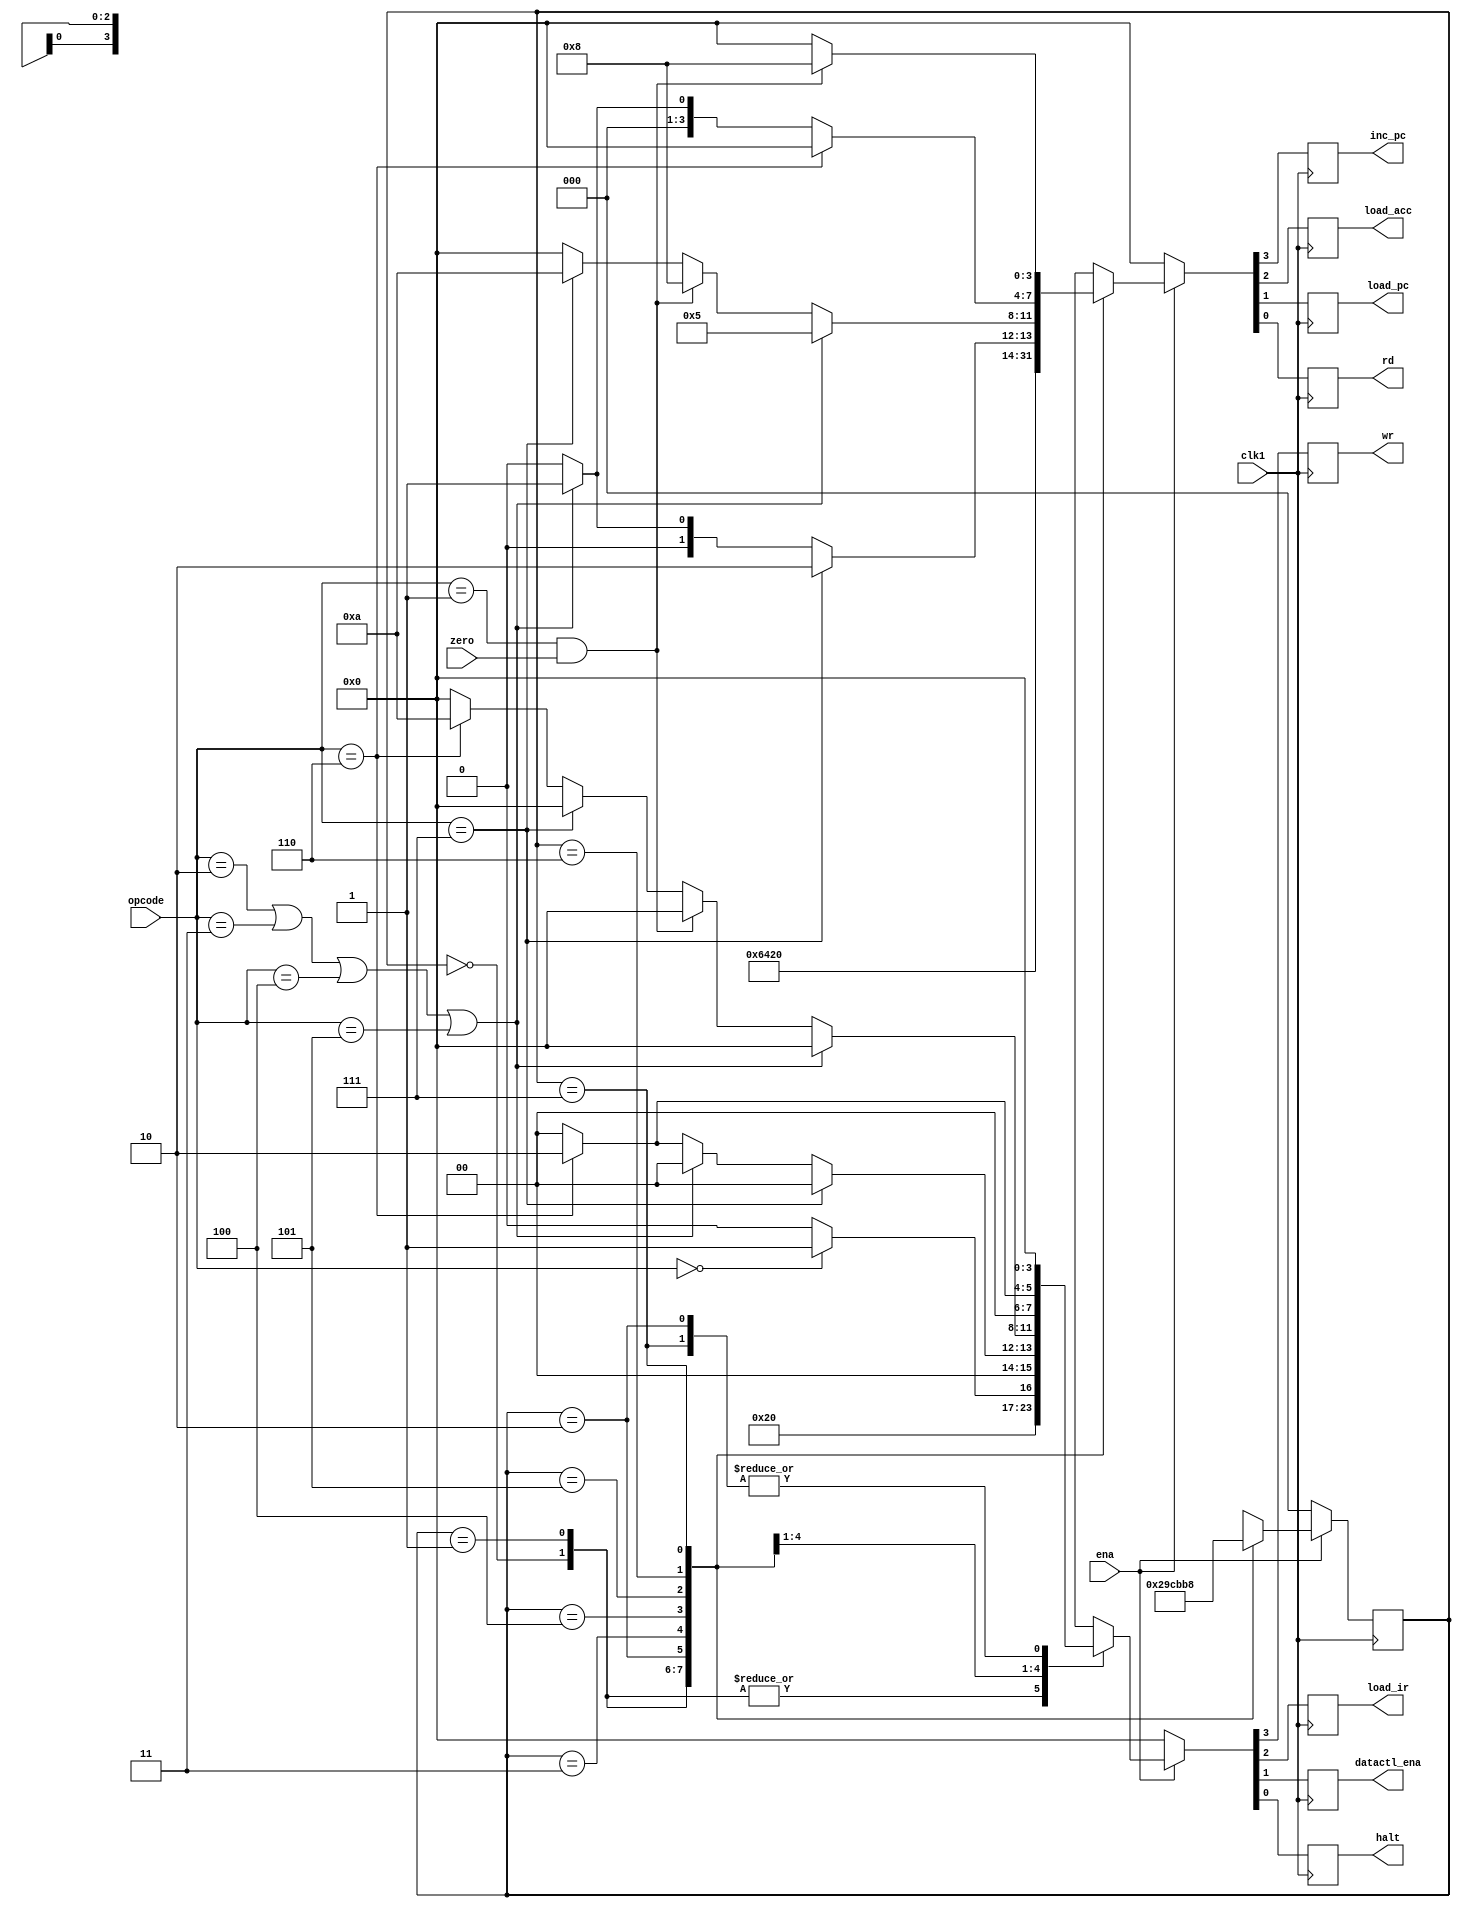
module  machine( inc_pc, load_acc, load_pc, rd,wr, load_ir,
datactl_ena, halt, clk1, zero, ena, opcode );

output inc_pc, load_acc, load_pc, rd, wr, load_ir;
output datactl_ena, halt;
input clk1, zero, ena;
input [2:0] opcode;
reg inc_pc, load_acc, load_pc, rd, wr, load_ir;
reg datactl_ena, halt;
reg [2:0] state;

parameter   HLT  = 3 'b000,
  SKZ  = 3 'b001,
  ADD  = 3 'b010,
  ANDD = 3 'b011,
  XORR = 3 'b100,
  LDA  = 3 'b101,
  STO  = 3 'b110,
  JMP  = 3 'b111;

always @( negedge clk1 )
begin
if ( !ena )		//???????RST???????
begin
state<=3'b000;
{inc_pc,load_acc,load_pc,rd}<=4'b0000;
{wr,load_ir,datactl_ena,halt}<=4'b0000;
end
else
ctl_cycle;
end
//-----------------begin of task ctl_cycle---------
task ctl_cycle;
begin
casex(state)
    3'b000:          //load high 8bits in struction
begin
{inc_pc,load_acc,load_pc,rd}<=4'b0001;
{wr,load_ir,datactl_ena,halt}<=4'b0100;
state<=3'b001;
end
    3'b001:		//pc increased by one then load low 8bits instruction
begin
{inc_pc,load_acc,load_pc,rd}<=4'b1001;
{wr,load_ir,datactl_ena,halt}<=4'b0100;
state<=3'b010;
end
    3'b010:		//idle
begin
{inc_pc,load_acc,load_pc,rd}<=4'b0000;
{wr,load_ir,datactl_ena,halt}<=4'b0000;
state<=3'b011;
end

    3'b011:		//next instruction address setup ?????????
begin
if(opcode==HLT)	//?????HLT
begin
{inc_pc,load_acc,load_pc,rd}<=4'b1000;
{wr,load_ir,datactl_ena,halt}<=4'b0001;
end	
else
begin
{inc_pc,load_acc,load_pc,rd}<=4'b1000;
{wr,load_ir,datactl_ena,halt}<=4'b0000;
end	
state<=3'b100;
end
    3'b100:			//fetch oprand
begin
if(opcode==JMP)
begin
{inc_pc,load_acc,load_pc,rd}<=4'b0010;
{wr,load_ir,datactl_ena,halt}<=4'b0000;
end
else
if( opcode==ADD || opcode==ANDD || 
opcode==XORR || opcode==LDA)
begin
{inc_pc,load_acc,load_pc,rd}<=4'b0001;
{wr,load_ir,datactl_ena,halt}<=4'b0000;
end	
else 
if(opcode==STO)
begin
{inc_pc,load_acc,load_pc,rd}<=4'b0000;
{wr,load_ir,datactl_ena,halt}<=4'b0010;
end	
else
begin
{inc_pc,load_acc,load_pc,rd}<=4'b0000;
{wr,load_ir,datactl_ena,halt}<=4'b0000;
end	
state<=3'b101;
end
   3'b101:		//operation
begin
if ( opcode==ADD||opcode==ANDD||
opcode==XORR||opcode==LDA )
begin		//?????????????????
{inc_pc,load_acc,load_pc,rd}<=4'b0101;
{wr,load_ir,datactl_ena,halt}<=4'b0000;
end	
else
if( opcode==SKZ && zero==1)
begin
{inc_pc,load_acc,load_pc,rd}<=4'b1000;
{wr,load_ir,datactl_ena,halt}<=4'b0000;
end	
else
if(opcode==JMP)
begin
{inc_pc,load_acc,load_pc,rd}<=4'b1010;
{wr,load_ir,datactl_ena,halt}<=4'b0000;
end	
else
if(opcode==STO)
begin
//???????wr?1????RAM?
{inc_pc,load_acc,load_pc,rd}<=4'b0000;
{wr,load_ir,datactl_ena,halt}<=4'b1010;
end	
else
begin
{inc_pc,load_acc,load_pc,rd}<=4'b0000;
{wr,load_ir,datactl_ena,halt}<=4'b0000;
end	
state<=3'b110;
end
3'b110:		//idle
begin
if ( opcode==STO )
begin
{inc_pc,load_acc,load_pc,rd}<=4'b0000;
{wr,load_ir,datactl_ena,halt}<=4'b0010;
end
else
if ( opcode==ADD||opcode==ANDD||
opcode==XORR||opcode==LDA)
begin
{inc_pc,load_acc,load_pc,rd}<=4'b0001;
{wr,load_ir,datactl_ena,halt}<=4'b0000;
end
else
begin
{inc_pc,load_acc,load_pc,rd}<=4'b0000;
{wr,load_ir,datactl_ena,halt}<=4'b0000;
end
state<=3'b111;
end

3'b111:		//
begin
if( opcode==SKZ && zero==1 )
begin
{inc_pc,load_acc,load_pc,rd}<=4'b1000;
{wr,load_ir,datactl_ena,halt}<=4'b0000;
end
else
begin
{inc_pc,load_acc,load_pc,rd}<=4'b0000;
{wr,load_ir,datactl_ena,halt}<=4'b0000;
end
state<=3'b000;
end
default:
begin
{inc_pc,load_acc,load_pc,rd}<=4'b0000;
{wr,load_ir,datactl_ena,halt}<=4'b0000;
state<=3'b000;
end
endcase
end
endtask
//-----------------end of task ctl_cycle---------

endmodule